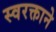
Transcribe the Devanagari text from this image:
स्‍वरक्ताने